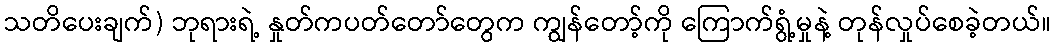
သတိပေးချက်) ဘုရားရဲ့ နှုတ်ကပတ်တော်တွေက ကျွန်တော့်ကို ကြောက်ရွံ့မှုနဲ့ တုန်လှုပ်စေခဲ့တယ်။